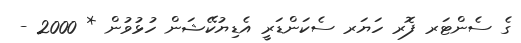
ގެ ސެންޓަރ ފޮރ ހަޔަރ ސެކަންޑަރީ އެޑިޔުކޭޝަން ހުޅުވުން * 2000 -